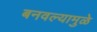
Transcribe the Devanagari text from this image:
बनवल्यामुळे